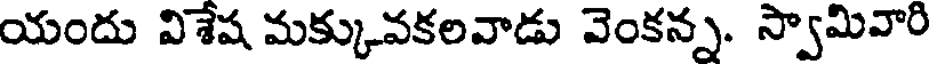
యందు విశేష మక్కువకలవాడు వెంకన్న. స్వామివారి